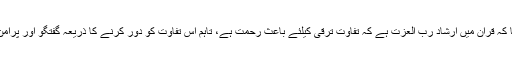
انہوں نے کہا کہ قرآن میں ارشاد رب العزت ہے کہ تفاوت ترقی کیلئے باعث رحمت ہے، تاہم اس تفاوت کو دور کرنے کا ذریعہ گفتگو اور پرامن ہونا چاہئے۔